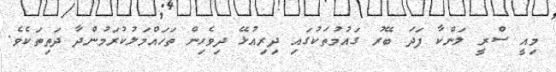
މިއީ ސްރީ ލަންކާ ފަދަ ބޭރު ގައުމުތަކުގައި ދިރިއުޅޭ ދިވެހިން ތަހައްމަލުކުރަމުންދާ ދަތިތަކެވެ.